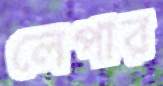
লেপার